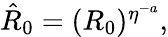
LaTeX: \begin{array}{r}{\hat{R}_{0}=(R_{0})^{\eta^{-a}},}\end{array}